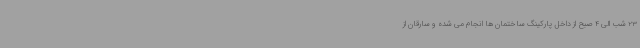
23 شب الی 4 صبح از داخل پارکینگ ساختمان ها انجام می شده و سارقان از